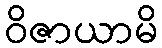
ဝိဇာယာမိ